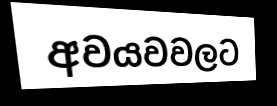
අවයවවලට